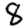
Digit: 8